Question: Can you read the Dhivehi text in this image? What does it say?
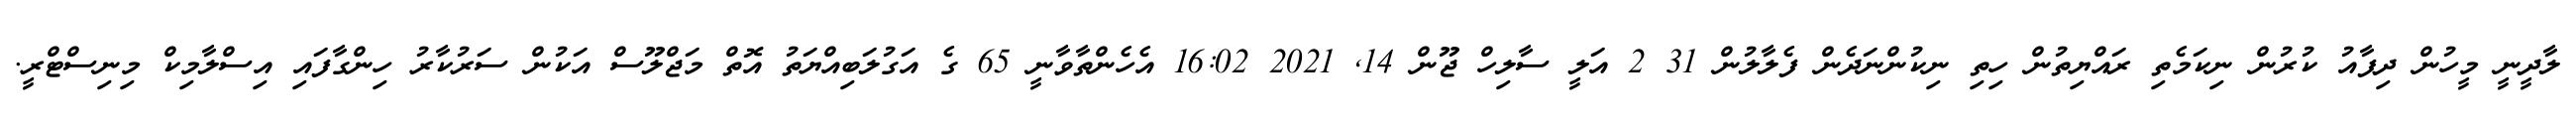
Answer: ލާދީނީ މީހުން ދިފާއު ކުރުން ނިކަމެތި ރައްޔިތުން ހިތި ނިކުންނަދެން ފެލާލުން 31 2 އަލީ ސާލިހް ޖޫން 14, 2021 16:02 އެހެންތާވާނީ 65 ގެ އަގުލަބިއްޔަތު އޮތް މަޖްލޫސް އަކުން ސަރުކާރު ހިންގާފައި އިސްލާމިކް މިނިސްޓްރީ.